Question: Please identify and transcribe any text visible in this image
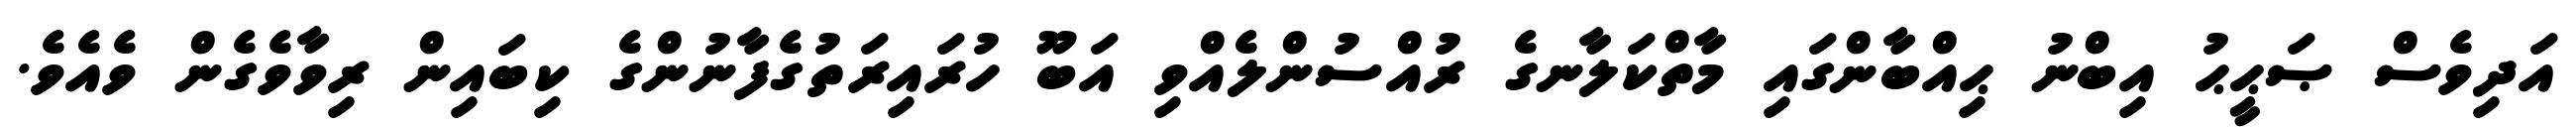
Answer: އަދިވެސް ޞަޙީޙު އިބްނު ޙިއްބާންގައި މާތްކަލާނގެ ރުއްސުންލެއްވި އަބޫ ހުރައިރަތުގެފާނުންގެ ކިބައިން ރިވާވެގެން ވެއެވެ.